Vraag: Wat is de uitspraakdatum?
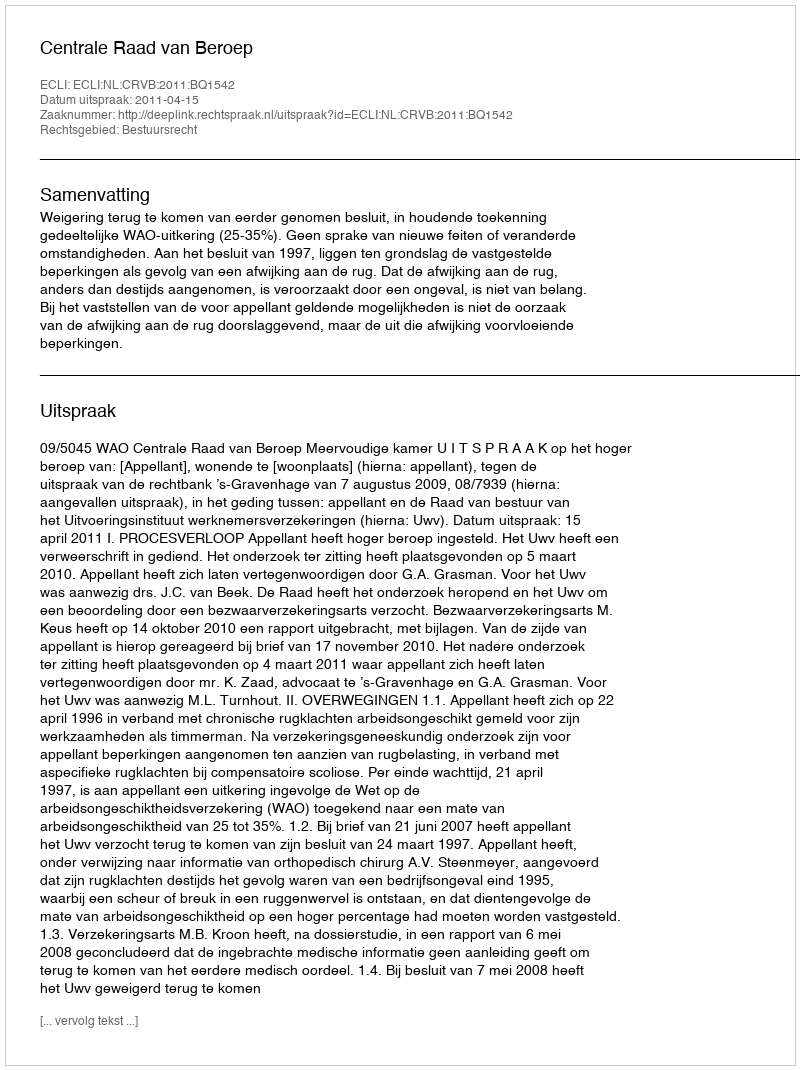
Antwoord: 2011-04-15